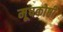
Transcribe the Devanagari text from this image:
मूषकोष्ठी